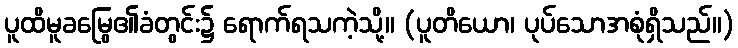
ပူထိမူခမြွေ၏ခံတွင်း၌ ရောက်ရသကဲ့သို့။ (ပူတိယော၊ ပုပ်သောအစုံရှိသည်။)